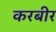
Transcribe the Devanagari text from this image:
करबीर